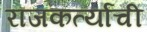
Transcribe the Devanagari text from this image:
राजकर्त्यांची